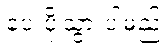
ပေးပို့သွားပါမည်